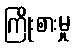
ကြိုးစားမှု